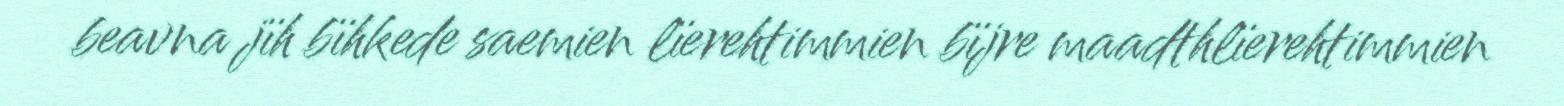
beavna jïh bïhkede saemien lïerehtimmien bïjre maadthlïerehtimmien